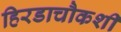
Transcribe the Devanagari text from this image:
हिरडाचौकशी